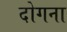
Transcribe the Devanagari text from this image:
दोगना